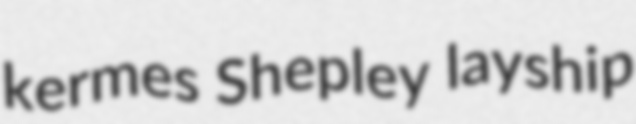
kermes Shepley layship